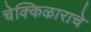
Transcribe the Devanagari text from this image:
चेक्किऴाराचे